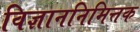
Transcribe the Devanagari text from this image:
विज्ञाननिमित्तक